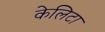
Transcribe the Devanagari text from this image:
केलिटा